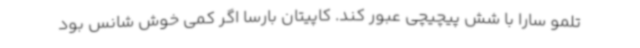
تلمو سارا با شش پیچیچی عبور کند. کاپیتان بارسا اگر کمی خوش شانس بود